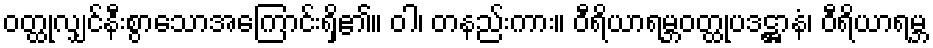
ဝတ္ထုလျှင်နီးစွာသောအကြောင်းရှိ၏။ ဝါ၊ တနည်းကား။ ဝီရိယာရမ္ဘဝတ္ထုပဒဋ္ဌာနံ၊ ဝီရိယာရမ္ဘ